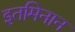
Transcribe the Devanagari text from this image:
इतमिनान